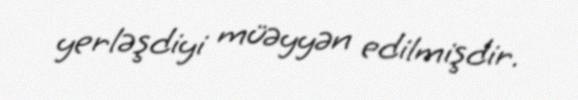
yerləşdiyi müəyyən edilmişdir.